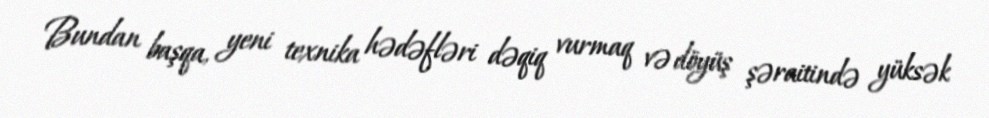
Bundan başqa, yeni texnika hədəfləri dəqiq vurmaq və döyüş şəraitində yüksək